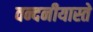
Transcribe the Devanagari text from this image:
वन्दनीयास्ते